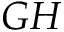
\cal G H